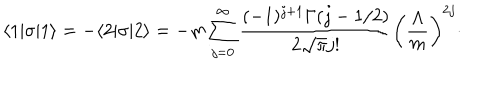
\langle 1 | \sigma | 1 \rangle = - \langle 2 | \sigma | 2 \rangle = - m \sum _ { j = 0 } ^ { \infty } { \frac { ( - 1 ) ^ { j + 1 } \Gamma ( j - 1 / 2 ) } { 2 \sqrt { \pi } j ! } } \left( { \frac { \Lambda } { m } } \right) ^ { 2 j } \cdotp